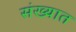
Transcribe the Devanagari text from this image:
संख्यात